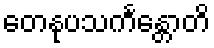
တေနုပသင်္ကန္တောတိ